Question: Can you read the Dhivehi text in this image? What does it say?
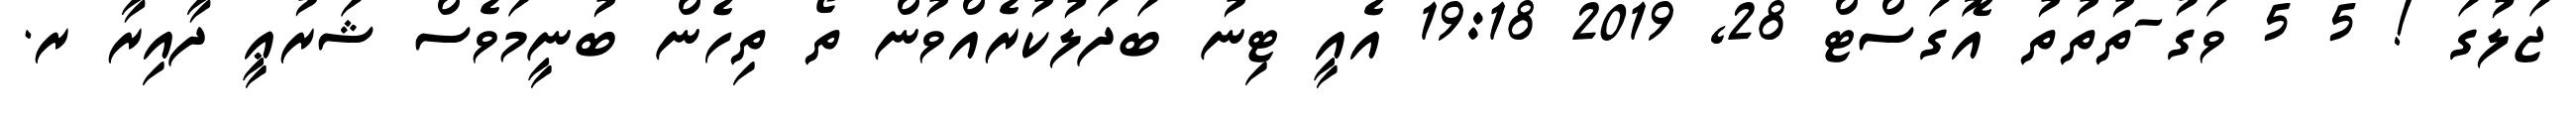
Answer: ޖަލުގަ ! 5 5 ވަގު-ތުތުތު އޮގަސްޓް 28, 2019 19:18 އެއީ ޓިނު ބަދަލުކުރެއްވުން ތޯ ތިހެން ބުނީމަވެސް ޝަރުޢީ ދާއިރާ ރ.